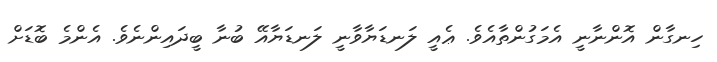
ހިނގާން އޮންނާނީ އެމަގުންތާއެވެ. ޢެއީ ލަނޑަޔާވާނީ ލަނޑަޔާއޭ ބުނާ ބީދައިންނެވެ. އެންމެ ބޮޑަށް